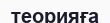
теорияға